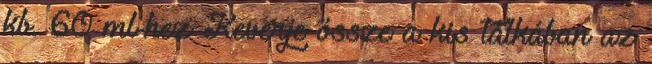
kb. 60 ml-hez Keverje össze a kis tálkában az